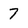
Character: 7